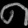
Digit: ၈